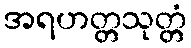
အရဟတ္တသုတ္တံ